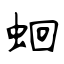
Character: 蛔